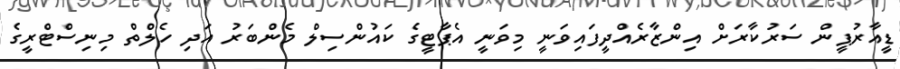
ޑީއާރުޕީން ސަރުކާރަށް އިންޒާރެއްދީފައިވަނީ މިވަނީ އެޕާޓީގެ ކައުންސިލް މެންބަރު އަދި ހެލްތް މިނިސްޓްރީގެ